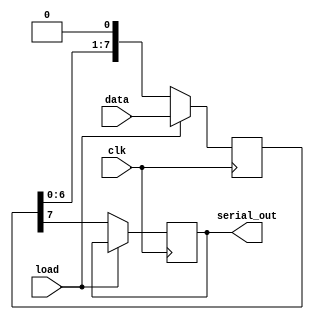
module dynamic_piso_register #(
    parameter WIDTH = 8  // Width of the register
)(
    input wire clk,               // Clock signal
    input wire load,              // Load control signal
    input wire [WIDTH-1:0] data,  // Parallel input data
    output reg serial_out         // Serial output
);

    reg [WIDTH-1:0] storage;      // Storage for dynamic data

    always @(posedge clk) begin
        if (load) begin
            // Load data into storage on load signal
            storage <= data;       // Capture data in storage
        end else begin
            // Shift data out serially
            serial_out <= storage[WIDTH-1]; // Output the MSB
            storage <= {storage[WIDTH-2:0], 1'b0}; // Shift left
        end
    end

endmodule